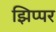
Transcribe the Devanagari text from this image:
झिप्पर